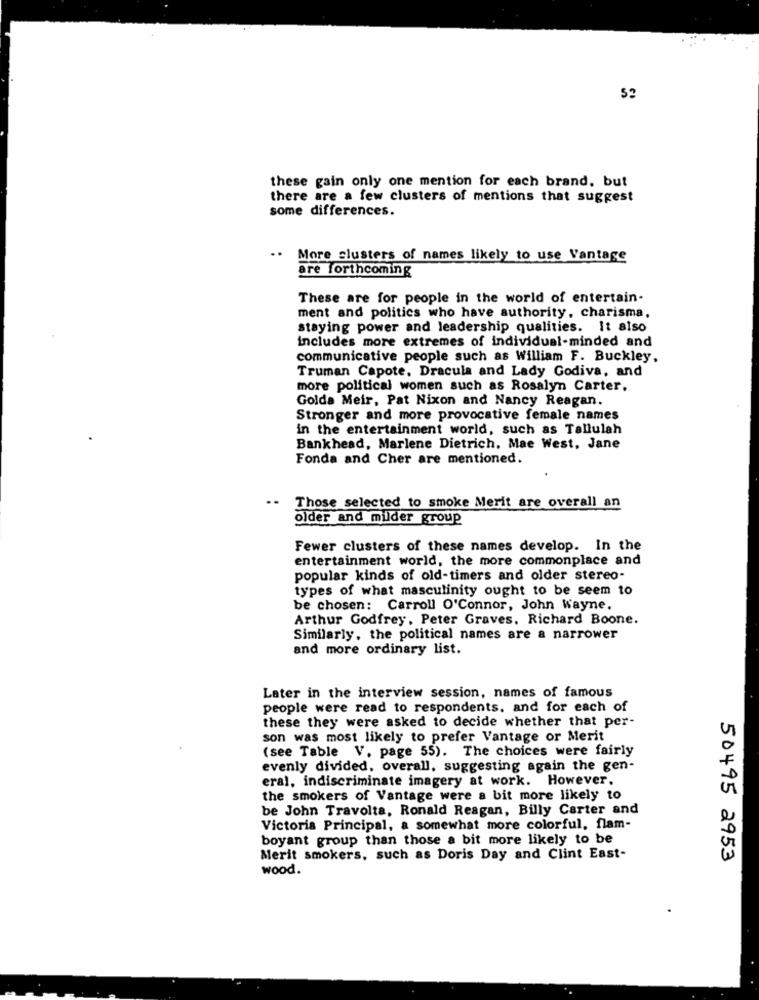
S?
these gain only one mention for each brand, but
there are a few clusters of mentions that suggest
some differences.
..
More clusters of names likely to use Vantage
are forthcoming
These are for people in the world of entertain-
ment and politics who have authority, charisma.
staying power and leadership qualities. It also
includes more extremes of individual-minded and
communicative people such as William F. Buckley,
Truman Capote, Dracula and Lady Godiva, and
more political women such as Rosalyn Carter.
Golda Meir, Pat Nixon and Nancy Reagan.
Stronger and more provocative female names
in the entertainment world, such as Tallulah
Bankhead, Marlene Dietrich, Mae West, Jane
Fonda and Cher are mentioned.
Those selected to smoke Merit are overall an
older and mulder group
Fewer clusters of these names develop. In the
entertainment world, the more commonplace and
popular kinds of old-timers and older stereo-
types of what masculinity ought to be seem to
be chosen: Carroll O'Connor, John Wayne.
Arthur Godfrey, Peter Graves. Richard Boone.
Similarly, the political names are a narrower
and more ordinary list.
Later in the interview session, names of famous
people were read to respondents, and for each of
these they were asked to decide whether that per-
son was most likely to prefer Vantage or Merit
(see Table V. page 55). The choices were fairly
evenly divided, overall, suggesting again the gen-
eral, indiscriminate imagery at work. However,
the smokers of Vantage were a bit more likely to
be John Travolta, Ronald Reagan, Billy Carter and
Victoria Principal, a somewhat more colorful, flam-
boyant group than those a bit more likely to be
Merit smokers, such as Doris Day and Clint East-
50495 2953
wood.